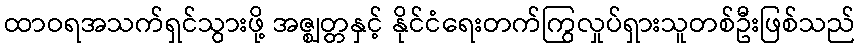
ထာဝရအသက်ရှင်သွားဖို့ အဇ္ဈတ္တနှင့် နိုင်ငံရေးတက်ကြွလှုပ်ရှားသူတစ်ဦးဖြစ်သည်